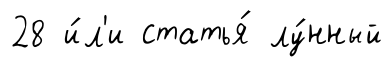
28 и́л'и статья́ лу́нный